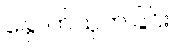
နှောက်ယှက်ခြင်း